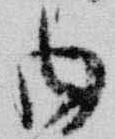
内